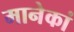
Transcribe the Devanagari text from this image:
मानेकां